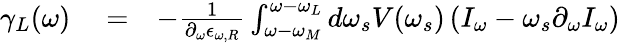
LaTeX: \begin{array}{rlr}{\gamma_{L}(\omega)}&{{}=}&{-\frac{1}{\partial_{\omega}\epsilon_{\omega,R}}\int_{\omega-\omega_{M}}^{\omega-\omega_{L}}d\omega_{s}V(\omega_{s})\left(I_{\omega}-\omega_{s}\partial_{\omega}I_{\omega}\right)}\end{array}